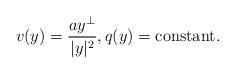
LaTeX: \begin{align*}v(y)=\frac{ay^\perp}{|y|^2}, q(y)=\mbox{constant}.\end{align*}